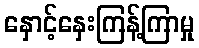
နှောင့်နှေးကြန့်ကြာမှု